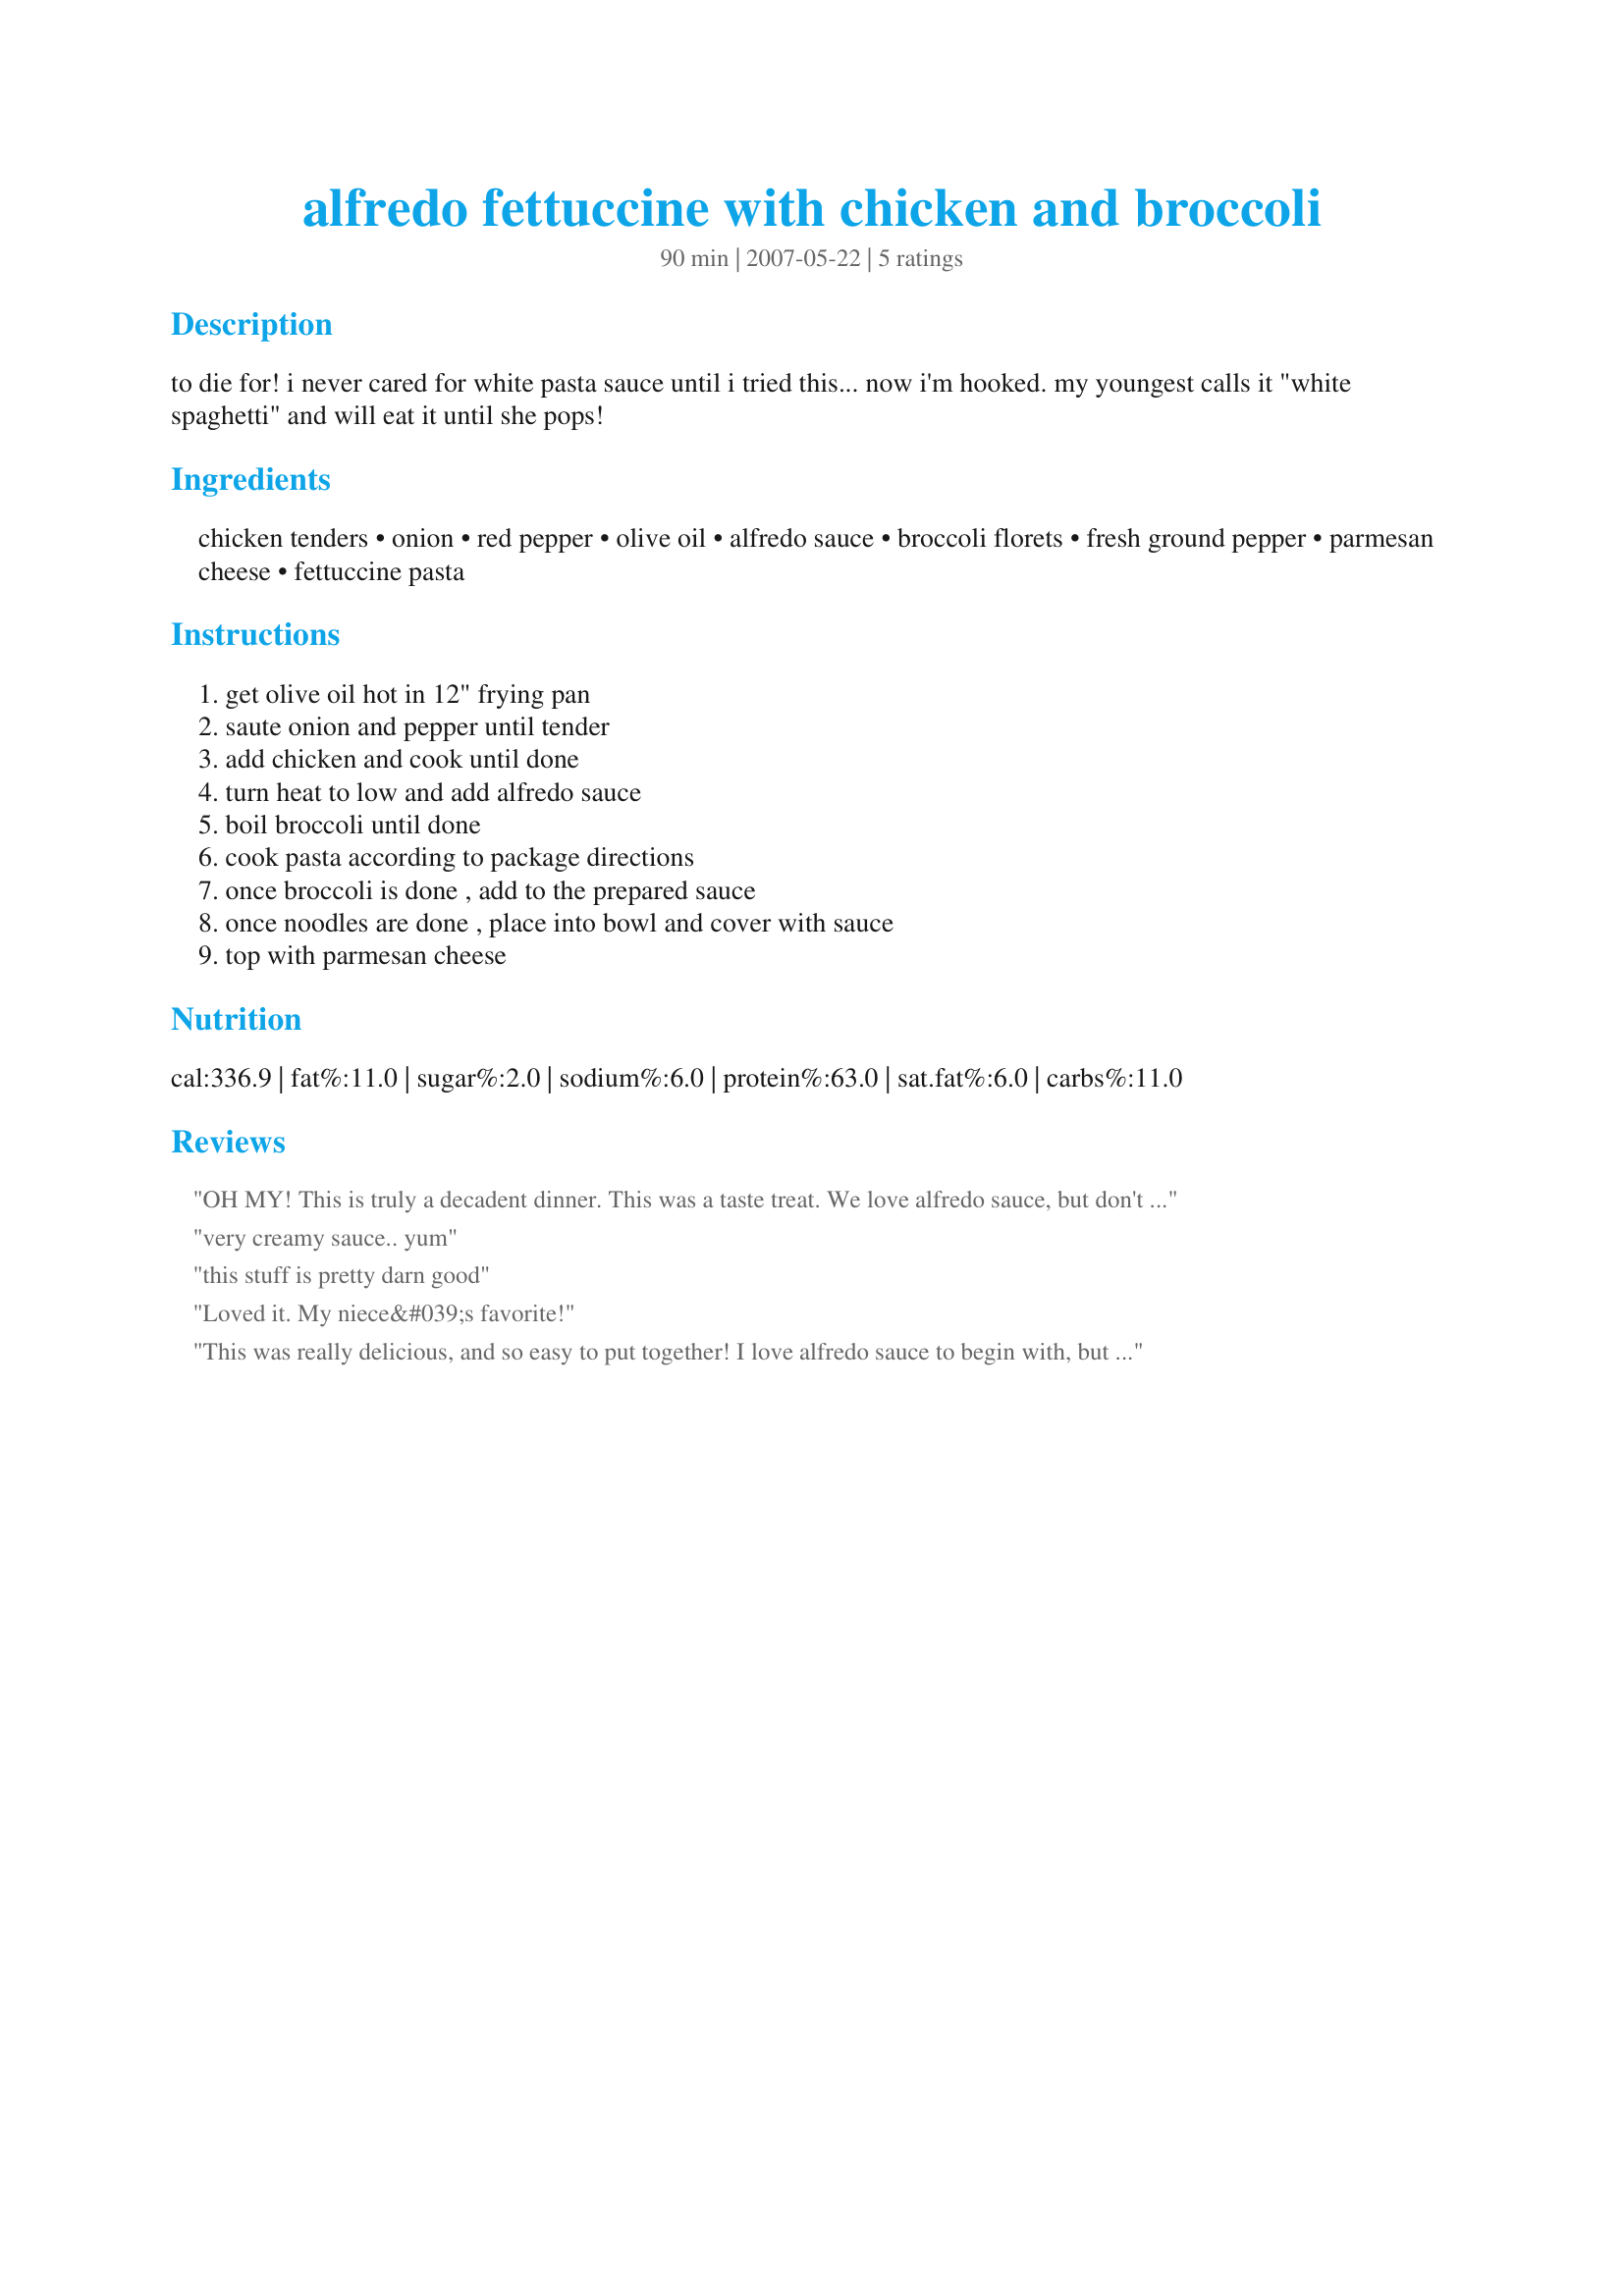
alfredo fettuccine with chicken and broccoli
Preparation time: 90 minutes

to die for! i never cared for white pasta sauce until i tried this... now i'm hooked. my youngest calls it "white spaghetti" and will eat it until she pops!

Ingredients:
chicken tenders, onion, red pepper, olive oil, alfredo sauce, broccoli florets, fresh ground pepper, parmesan cheese, fettuccine pasta

Steps:
get olive oil hot in 12" frying pan, saute onion and pepper until tender, add chicken and cook until done, turn heat to low and add alfredo sauce, boil broccoli until done, cook pasta according to package directions, once broccoli is done , add to the prepared sauce, once noodles are done , place into bowl and cover with sauce, top with parmesan cheese

Reviews:
OH MY! This is truly a decadent dinner. This was a taste treat. We love alfredo sauce, but don't eat it that often. This was worth the splurge. The only thing I changed was the amount of sauce. I used the 20 oz. bottle of bertolli, but I only used a 10 oz. container of the buitoni sauce. It was plenty! Thank you for the treat. ~Made for the Spring 2010 Pick-A-Chef~
very creamy sauce.. yum
this stuff is pretty darn good
Loved it. My niece&#039;s favorite!
This was really delicious, and so easy to put together! I love alfredo sauce to begin with, but adding the veggies to it really made this great. I used the Classico brand Roasted Garlic Alfredo sauce and added a green pepper also. The only thing I would do differently next time is to start cooking the pasta and broccoli before the chicken because that took a lot longer than I expected. Thanks for sharing a great recipe :)
